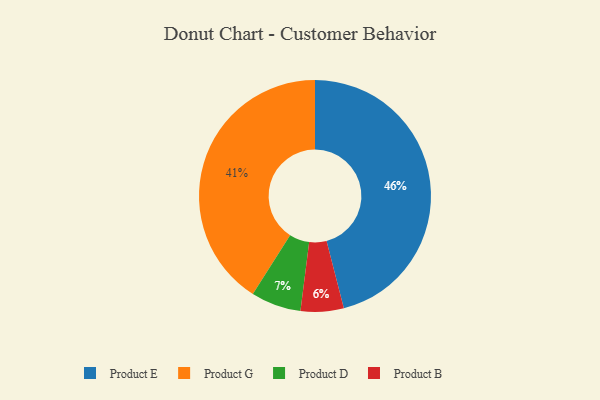
{"axis": {"x": "Category", "y": "Percentage"}, "legend": ["Product B", "Product D", "Product E", "Product G"], "data": [{"x": "Product B", "y": 6, "type": "Product B"}, {"x": "Product D", "y": 7, "type": "Product D"}, {"x": "Product E", "y": 46, "type": "Product E"}, {"x": "Product G", "y": 41, "type": "Product G"}]}